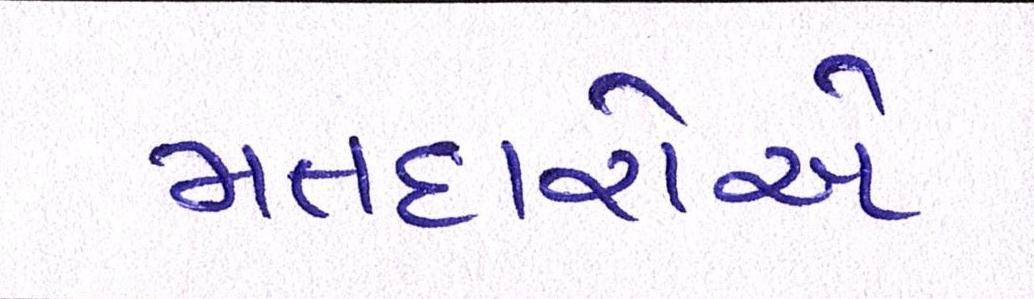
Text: મતદારોએ